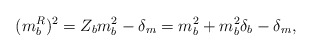
\begin{align*}(m_b^R)^2 = Z_b m_b^2 - \delta_m= m_b^2 + m_b^2 \delta_b - \delta_m ,\end{align*}